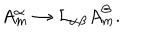
A _ { m } ^ { \alpha } \rightarrow { \cal L } _ { \alpha \beta } A _ { m } ^ { \beta } .